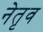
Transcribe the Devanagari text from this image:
नेतृव